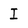
Character: I